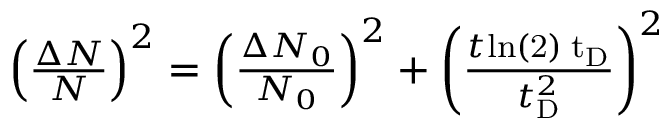
\begin{array} { r } { \left( \frac { \Delta N } { N } \right) ^ { 2 } = \left( \frac { \Delta N _ { 0 } } { N _ { 0 } } \right) ^ { 2 } + \left( \frac { t \mathrm { { l n } ( 2 ) \Delta t _ { \mathrm { { D } } } } } { t _ { \mathrm { { D } } } ^ { 2 } } \right) ^ { 2 } } \end{array}